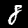
Label: 8